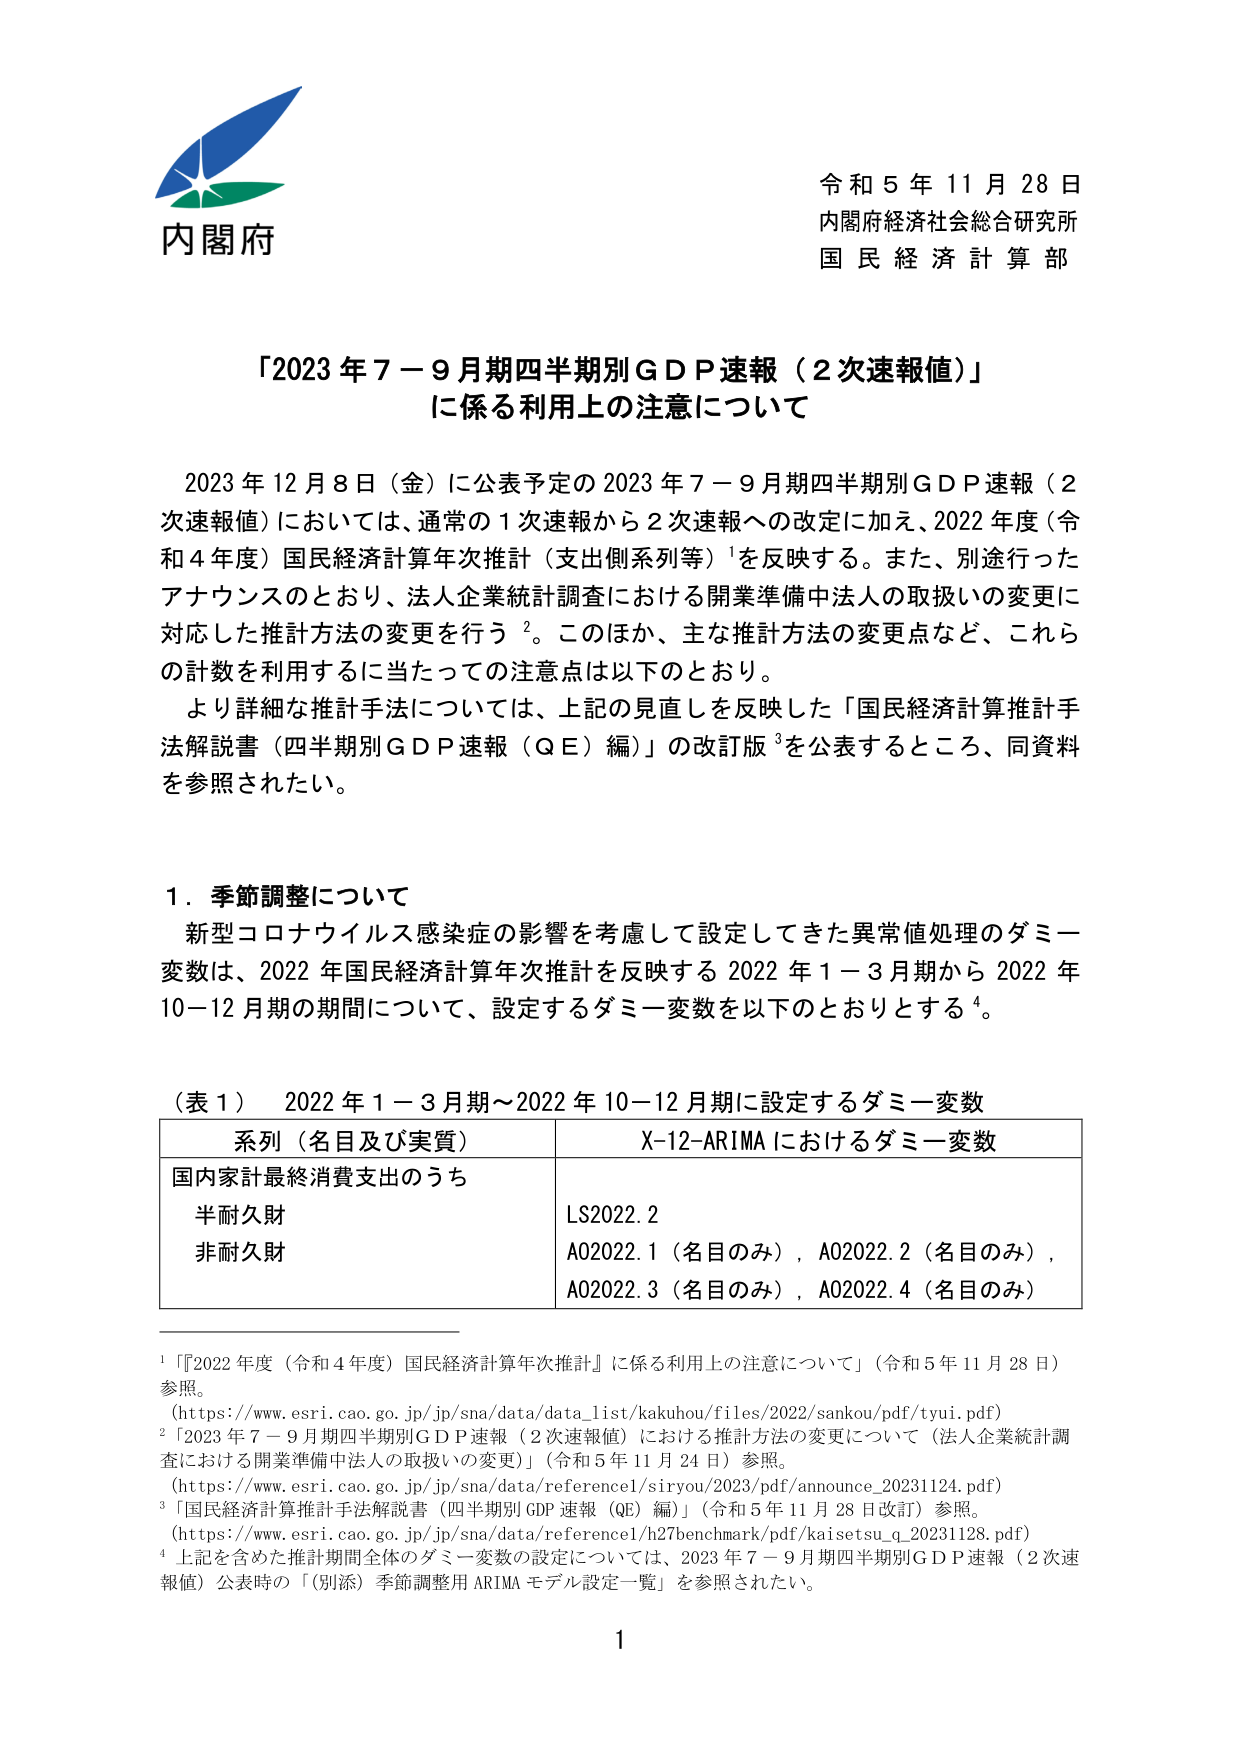
内閣府
令和５年１１月２８日
内閣府経済社会総合研究所
国民経済計算部

「2023年７－９月期四半期別ＧＤＰ速報（２次速報値）」
に係る利用上の注意について

2023年12月8日（金）に公表予定の2023年７－９月期四半期別ＧＤＰ速報（２次速報値）においては、通常の１次速報から２次速報への改定に加え、2022年度（令和４年度）国民経済計算年次推計（支出側系列等）¹を反映する。また、別途行ったアナウンスのとおり、法人企業統計調査における開業準備中法人の取扱いの変更に対応した推計方法の変更を行う²。このほか、主な推計方法の変更点など、これらの計数を利用するに当たっての注意点は以下のとおり。

より詳細な推計手法については、上記の見直しを反映した「国民経済計算推計手法解説書（四半期別ＧＤＰ速報（ＱＥ）編）」の改訂版³を公表するところ、同資料を参照されたい。

１．季節調整について
新型コロナウイルス感染症の影響を考慮して設定してきた異常値処理のダミー変数は、2022年国民経済計算年次推計を反映する2022年１－３月期から2022年10－12月期の期間について、設定するダミー変数を以下のとおりとする⁴。

（表１） 2022年１－３月期～2022年10－12月期に設定するダミー変数

| 系列（名目及び実質） | X-12-ARIMAにおけるダミー変数 |
|----------------------|------------------------------|
| 国内家計最終消費支出のうち | |
| 半耐久財 | LS2022.2 |
| 非耐久財 | A02022.1（名目のみ），A02022.2（名目のみ），A02022.3（名目のみ），A02022.4（名目のみ） |

¹「『2022年度（令和４年度）国民経済計算年次推計』に係る利用上の注意について」（令和５年11月28日）参照。
（https://www.esri.cao.go.jp/jp/sna/data/data_list/kakuhou/files/2022/sankou/pdf/tyui.pdf）
²「2023年７－９月期四半期別ＧＤＰ速報（２次速報値）における推計方法の変更について（法人企業統計調査における開業準備中法人の取扱いの変更）」（令和５年11月24日）参照。
（https://www.esri.cao.go.jp/jp/sna/data/reference1/siryou/2023/pdf/announce_20231124.pdf）
³「国民経済計算推計手法解説書（四半期別ＧＤＰ速報（ＱＥ）編）」（令和５年11月28日改訂）参照。
（https://www.esri.cao.go.jp/jp/sna/data/reference1/h27benchmark/pdf/kaisetsu_q_20231128.pdf）
⁴上記を含めた推計期間全体のダミー変数の設定については、2023年７－９月期四半期別ＧＤＰ速報（２次速報値）公表時の「（別添）季節調整用ＡＲＩＭＡモデル設定一覧」を参照されたい。

1